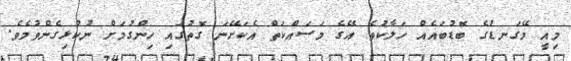
މިއީ މޭގަނޑުގެ ބޮޑުބައެއް ހަލާކުވެ އޭގެ މަސައްކަތް އެކަށޭނަ ގޮތުގައި ހިންގުމަށް ނުކުޅިގެންވުމެވެ.